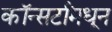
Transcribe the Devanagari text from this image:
कॉन्सर्टांंमधून